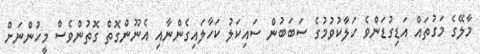
މާލޭގެ މަގުތައް އަޑިގުޑަންވެ ހަލާކުވުމުގެ ސަބަބުން ސައިކަލު ކަހާލައިގެންނާއި އެނޫންގޮތް ގޮތުންވެސް މީހުންނަށް